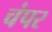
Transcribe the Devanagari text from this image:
चंपर